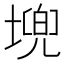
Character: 𮰪